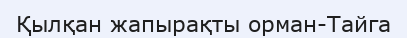
Қылқан жапырақты орман-Тайга